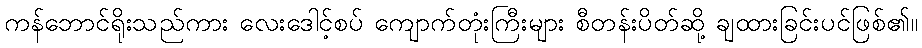
ကန်ဘောင်ရိုးသည်ကား လေးဒေါင့်စပ် ကျောက်တုံးကြီးများ စီတန်းပိတ်ဆို့ ချထားခြင်းပင်ဖြစ်၏။